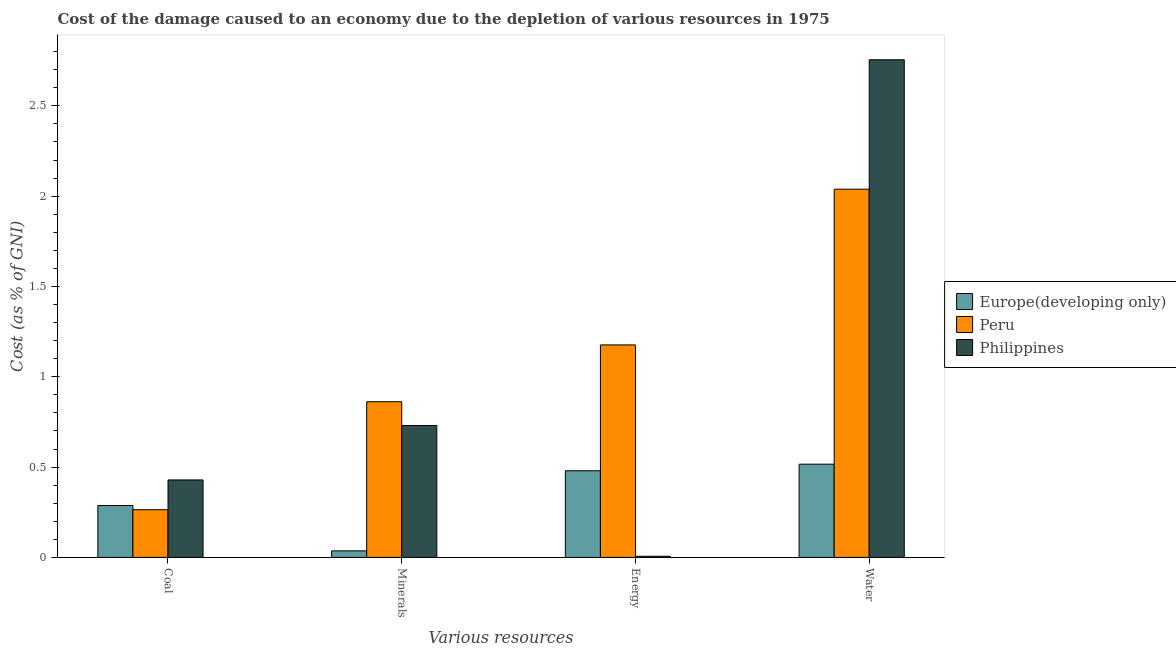
| Various resources | Europe(developing only) | Peru | Philippines |
 | --- | --- | --- | --- |
 | Coal | 0.287 | 0.264 | 0.429 |
 | Minerals | 0.0364 | 0.862 | 0.73 |
 | Energy | 0.48 | 1.18 | 0.00641 |
 | Water | 0.516 | 2.04 | 2.75 |